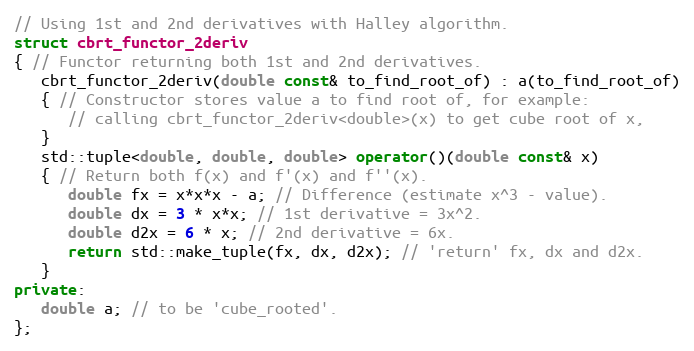
Language: C++
// Using 1st and 2nd derivatives with Halley algorithm.
struct cbrt_functor_2deriv
{ // Functor returning both 1st and 2nd derivatives.
   cbrt_functor_2deriv(double const& to_find_root_of) : a(to_find_root_of)
   { // Constructor stores value a to find root of, for example:
      // calling cbrt_functor_2deriv<double>(x) to get cube root of x,
   }
   std::tuple<double, double, double> operator()(double const& x)
   { // Return both f(x) and f'(x) and f''(x).
      double fx = x*x*x - a; // Difference (estimate x^3 - value).
      double dx = 3 * x*x; // 1st derivative = 3x^2.
      double d2x = 6 * x; // 2nd derivative = 6x.
      return std::make_tuple(fx, dx, d2x); // 'return' fx, dx and d2x.
   }
private:
   double a; // to be 'cube_rooted'.
};